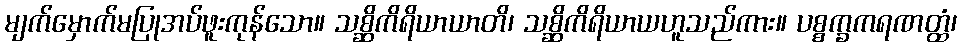
မျက်မှောက်မပြုအပ်ဖူးကုန်သော။ သစ္ဆိကိရိယာယာတိ၊ သစ္ဆိကိရိယာယဟူသည်ကား။ ပစ္စက္ခကရဏတ္ထံ၊